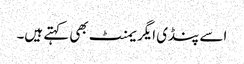
اسے پنڈی ایگریمنٹ بھی کہتے ہیں۔